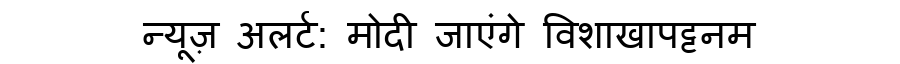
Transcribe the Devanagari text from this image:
न्यूज़ अलर्ट: मोदी जाएंगे विशाखापट्टनम